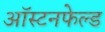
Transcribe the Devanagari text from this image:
ऑस्टनफेल्ड